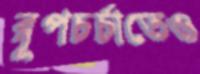
রূপচর্চাতেও